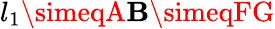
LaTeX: l_{1}\simeqA\mathbf{B}\simeqFG